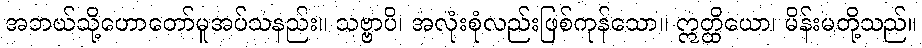
အဘယ်သို့ဟောတော်မူအပ်သနည်း။ သဗ္ဗာပိ၊ အလုံးစုံလည်းဖြစ်ကုန်သော။ ဣတ္ထိယော၊ မိန်းမတို့သည်။